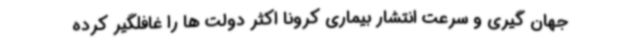
جهان گیری و سرعت انتشار بیماری کرونا اکثر دولت ها را غافلگیر کرده